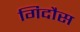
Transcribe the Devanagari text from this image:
गिदौस